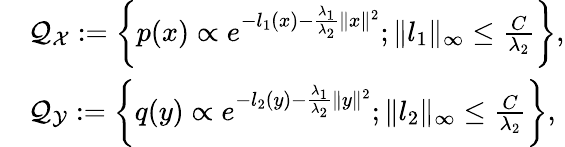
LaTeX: \begin{array}{rl}&{{\cal Q}_{{\cal X}}:=\left\{ p(x)\propto e^{-l_{1}(x)-\frac{\lambda_{1}}{\lambda_{2}}\| x\| ^{2}};\| l_{1}\| _{\infty}\leq\frac{C}{\lambda_{2}}\right\} ,}\\ &{{\cal Q}_{{\cal Y}}:=\left\{ q(y)\propto e^{-l_{2}(y)-\frac{\lambda_{1}}{\lambda_{2}}\| y\| ^{2}};\| l_{2}\| _{\infty}\leq\frac{C}{\lambda_{2}}\right\} ,}\end{array}